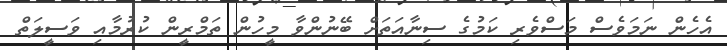
އެހެން ނަމަވެސް މަސްވެރި ކަމުގެ ސިނާއަތަށް ބޭނުންވާ މީހުން ތަމްރީން ކުރުމާއި ވަސީލަތް